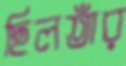
ছিলতাঁর